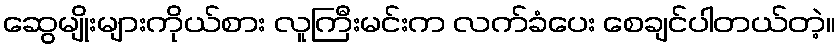
ဆွေမျိုးများကိုယ်စား လူကြီးမင်းက လက်ခံပေး စေချင်ပါတယ်တဲ့။